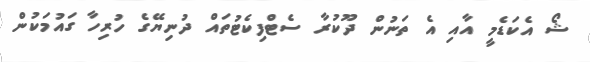
ޝޯ އެކަޑެމީ އާއި އެ ތަނުން ދޫކުރާ ސެޓްފިކެޓުތައް ދުނިޔޭގެ ހުރިހާ ގައުމަކުން